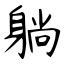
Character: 躺